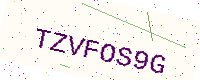
Text: TZVFOS9G